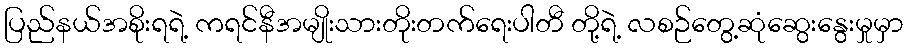
ပြည်နယ်အစိုးရရဲ့ ကရင်နီအမျိုးသားတိုးတက်ရေးပါတီ တို့ရဲ့ လစဉ်တွေ့ဆုံဆွေးနွေးမှုမှာ